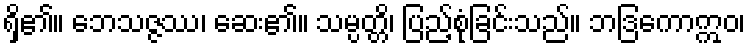
ရှိ၏။ ဘေသဇ္ဇဿ၊ ဆေး၏။ သမ္ပတ္တိ၊ ပြည့်စုံခြင်းသည်။ ဘဒြကောဣဝ၊